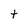
Character: t